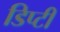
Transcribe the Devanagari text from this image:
डिप्‍टी